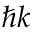
\hbar \boldsymbol { k }